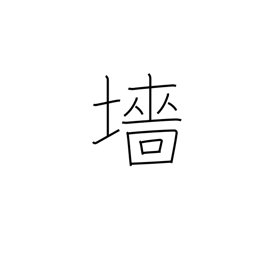
Meaning: hedge